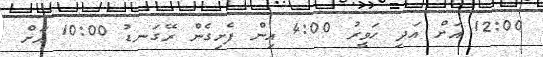
12:00 އަށް އަދި ހަވީރު 4:00 އިން ފެށިގެން ރޭގަނޑު 10:00 އަށް